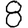
Digit: 8